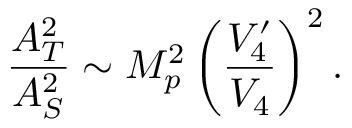
\frac { A _ { T } ^ { 2 } } { A _ { S } ^ { 2 } } \sim M _ { p } ^ { 2 } \left( \frac { V _ { 4 } ^ { \prime } } { V _ { 4 } } \right) ^ { 2 } .